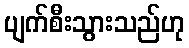
ပျက်စီးသွားသည်ဟု